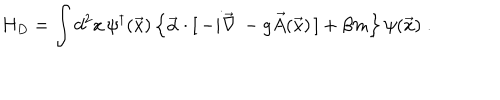
LaTeX: H _ { D } = \int d ^ { 2 } x \, \psi ^ { \dagger } ( \vec { x } ) \left\{ \vec { \alpha } \cdot [ \, - i \vec { \nabla } \, - g \vec { A } ( \vec { x } ) \, ] + \beta m \right\} \psi ( \vec { x } ) \; .